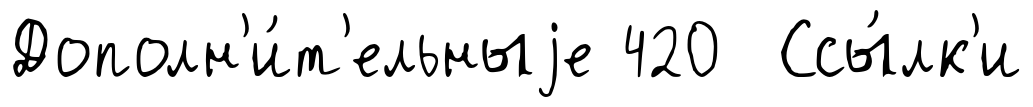
Дополн'и́т'ельныjе 420 Ссы́лк'и